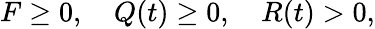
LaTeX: F\geq 0,\quad Q(t)\geq 0,\quad R(t)>0,